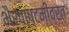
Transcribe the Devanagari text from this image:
भैरवाष्टमीव्रत